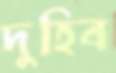
দুহিব